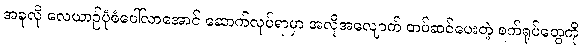
အခုလို လေယာဉ်ပုံစံပေါ်လာအောင် ဆောက်လုပ်ရာမှာ အလိုအလျောက် တပ်ဆင်ပေးတဲ့ စက်ရုပ်တွေကို